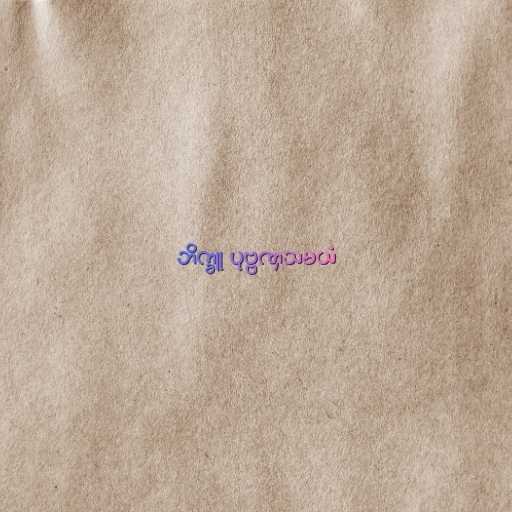
ဘိက္ခူ ပုဗ္ဗဏှသမယံ